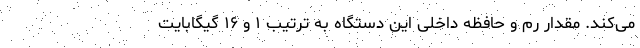
می‌کند. مقدار رم و حافظه داخلی این دستگاه به ترتیب ۱ و ۱۶ گیگابایت